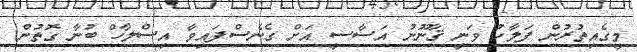
މީގެއިތުރުން ފަލާހު ވަނީ ޤާނޫނު އަސާސީ އަށް ގެނެސްފައިވާ އިސްލާހް ބުނާ ގޮތުން